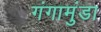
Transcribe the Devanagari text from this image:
गंगामुंडा